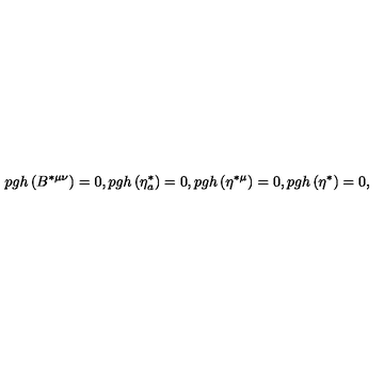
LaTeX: p g h \left( B ^ { * \mu \nu } \right) = 0 , p g h \left( \eta _ { a } ^ { * } \right) = 0 , p g h \left( \eta ^ { * \mu } \right) = 0 , p g h \left( \eta ^ { * } \right) = 0 ,